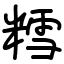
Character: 𫟀